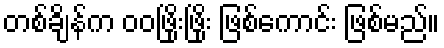
တစ်ချိန်က ဝဝဖြိုးဖြိုး ဖြစ်ကောင်း ဖြစ်မည်။